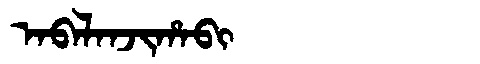
Manchu: ᠠᠪᠠᠯᠠᠨᠵᡳᡥᠠᠪᡳ
Romanization: ABALANJIHABI